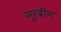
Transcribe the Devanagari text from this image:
नूरदीन